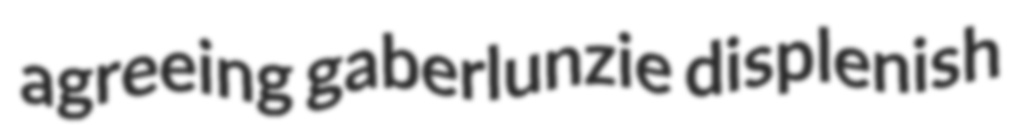
agreeing gaberlunzie displenish